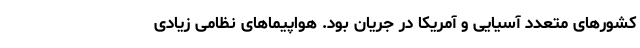
کشورهای متعدد آسیایی و آمریکا در جریان بود. هواپیماهای نظامی زیادی